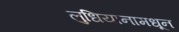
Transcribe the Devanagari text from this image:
लुधियानामधून